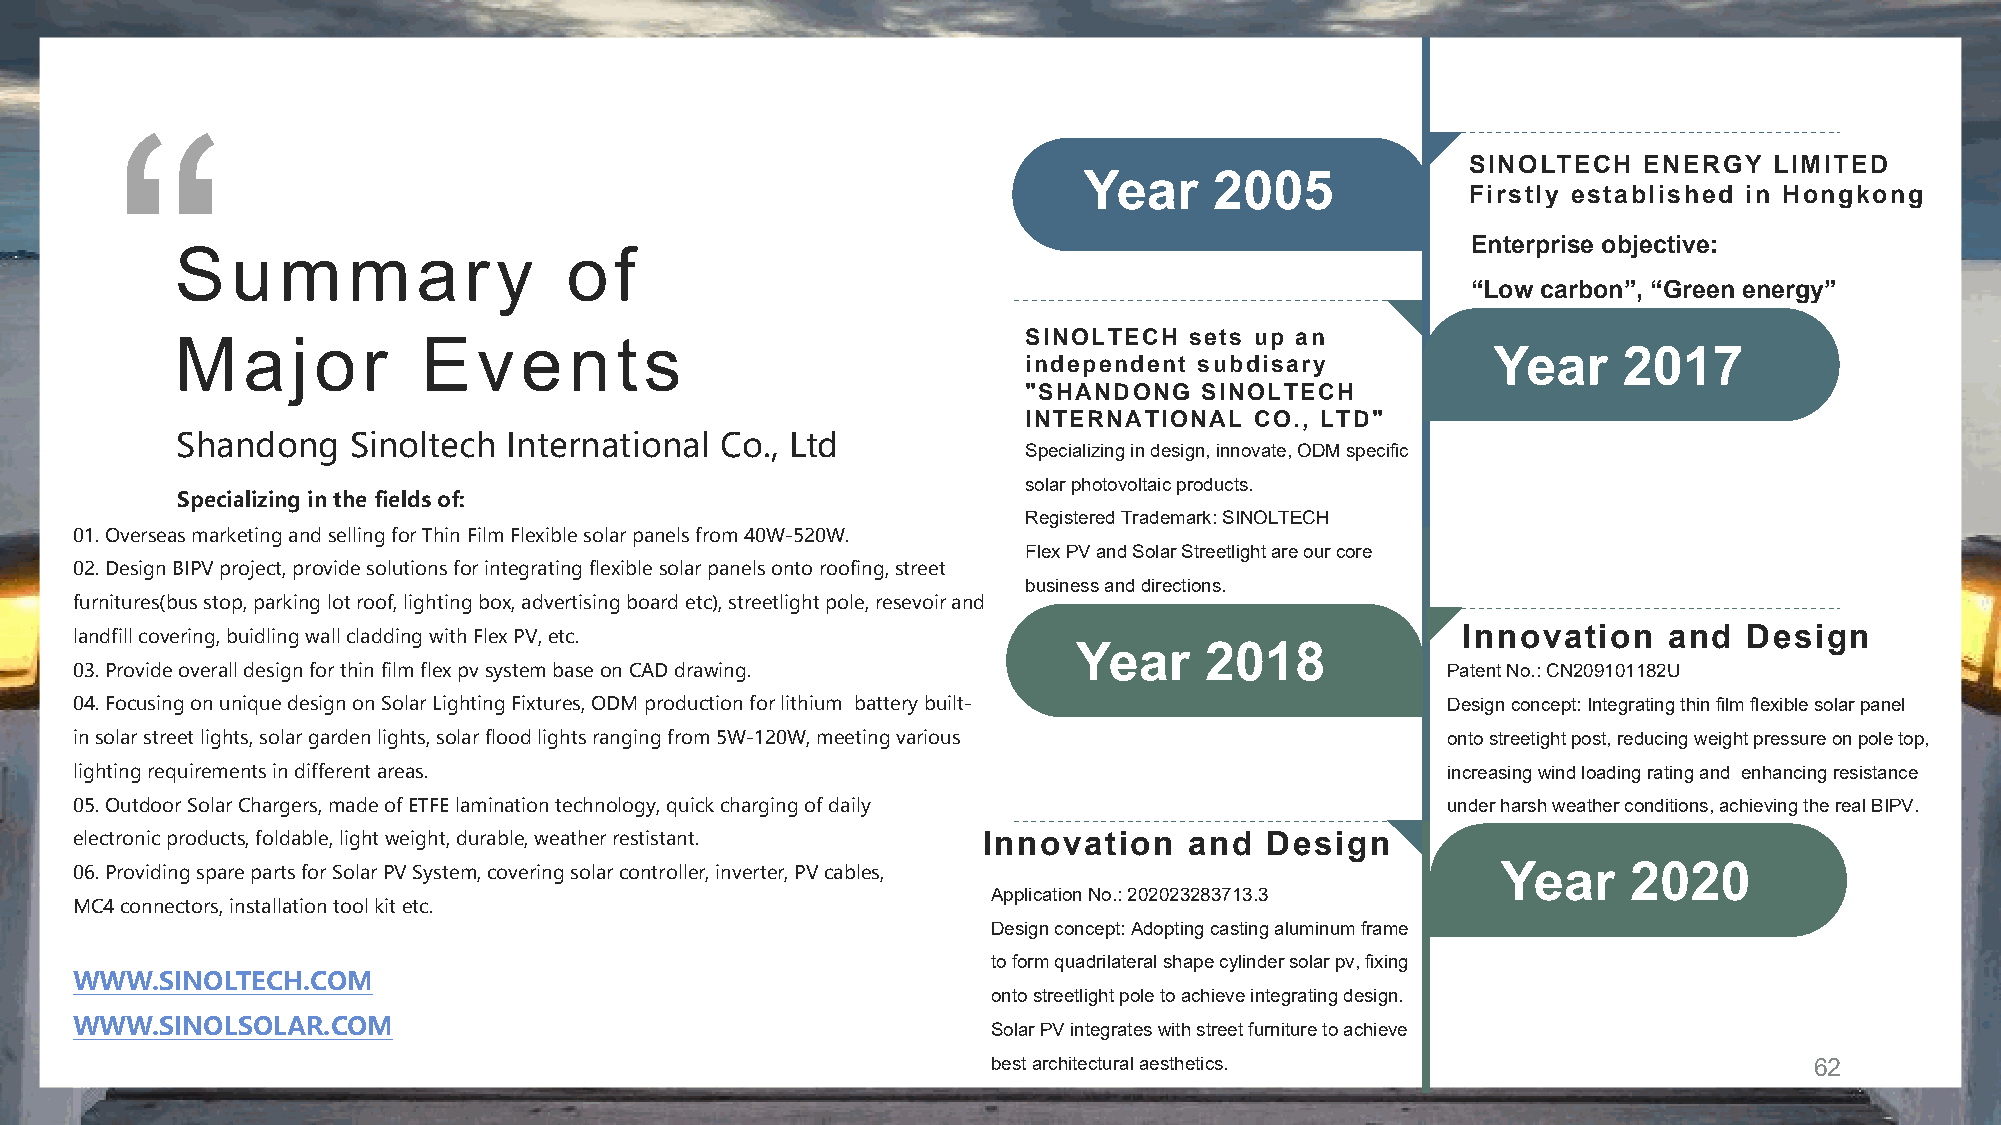
SINOLTECH   ENERGY  LIMITED
 Year    2005
 Firstly established in Hongkong
 Enterprise objective:
 S  um      m    ar   y    of
 “Low carbon”, “Green energy”
 SINOLTECH  sets up an
 M   aj   or     E   vent       s
 Year    2017
 independent subdisary
 "SHANDONG  SINOLTECH
 INTERNATIONAL  CO., LTD"
 Shandong   Sinoltech  International Co., Ltd
 Specializing in design, innovate, ODM specific
 solar photovoltaic products.
 Specializing in the fields of:
 Registered Trademark: SINOLTECH
 01. Overseas marketing and selling for Thin Film Flexible solar panels from 40W-520W.
 Flex PV and Solar Streetlight are our core
 02. Design BIPV project, provide solutions for integrating flexible solar panels onto roofing, street
 business and directions.
 furnitures(bus stop, parking lot roof, lighting box, advertising board etc), streetlight pole, resevoir and
 landfill covering, buidling wall cladding with Flex PV, etc.                                Innovation   and   Design
 Year     2018
 03. Provide overall design for thin film flex pv system base on CAD drawing.               Patent No.: CN209101182U
 04. Focusing on unique design on Solar Lighting Fixtures, ODM production for lithium battery built- Design concept: Integrating thin film flexible solar panel
 in solar street lights, solar garden lights, solar flood lights ranging from 5W-120W, meeting various onto streetight post, reducing weight pressure on pole top,
 lighting requirements in different areas.                                                  increasing wind loading rating and enhancing resistance
 05. Outdoor Solar Chargers, made of ETFE lamination technology, quick charging of daily    under harsh weather conditions, achieving the real BIPV.
 electronic products, foldable, light weight, durable, weather restistant. Innovation and Design
 06. Providing spare parts for Solar PV System, covering solar controller, inverter, PV cables, Year    2020
 Application No.: 202023283713.3
 MC4 connectors, installation tool kit etc.
 Design concept: Adopting casting aluminum frame
 to form quadrilateral shape cylinder solar pv, fixing
 WWW.SINOLTECH.COM
 onto streetlight pole to achieve integrating design.
 WWW.SINOLSOLAR.COM
 Solar PV integrates with street furniture to achieve
 best architectural aesthetics.                        62